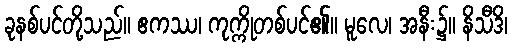
ခုနစ်ပင်တို့သည်။ ဧကဿ၊ ကုက္ကိုတစ်ပင်၏။ မူလေ၊ အနီး၌။ နိသီဒိ၊